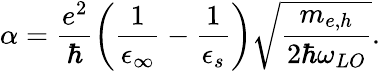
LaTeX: \alpha=\frac{e^{2}}{\hbar}\left(\frac{1}{\epsilon_{\infty}}-\frac{1}{\epsilon_{s}}\right)\sqrt{\frac{m_{e,h}}{2\hbar\omega_{LO}}}.